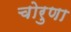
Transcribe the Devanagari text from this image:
चोरुणा